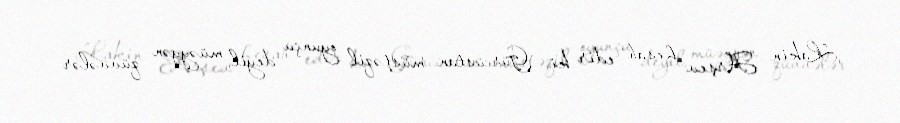
Lakin Arşev hesab edir ki, Gürcüstan müstəqil oyunçu deyil, müəyyən qüvvələr